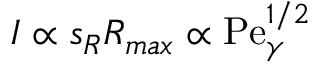
I \propto s _ { R } R _ { m a x } \propto \mathrm { P e } _ { \gamma } ^ { 1 / 2 }